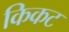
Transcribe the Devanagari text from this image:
किकट